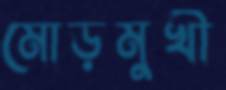
মোড়মুখী